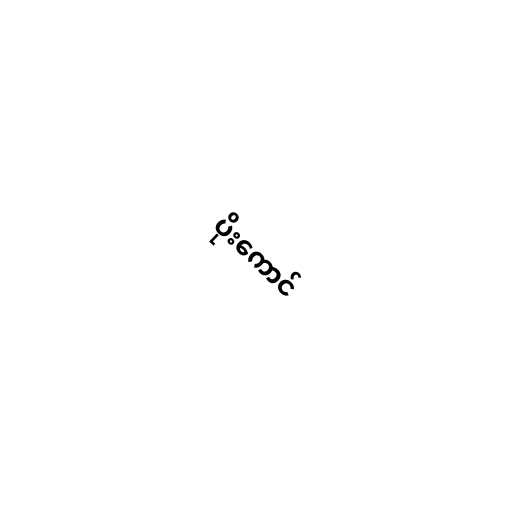
ပိုးကောင်